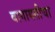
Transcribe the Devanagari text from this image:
बागायतीचा